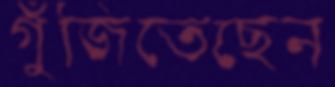
গুঁজিতেছেন